Annual administration report of the Civil Veterinary Department of India - 1894-1895
Year: 1894
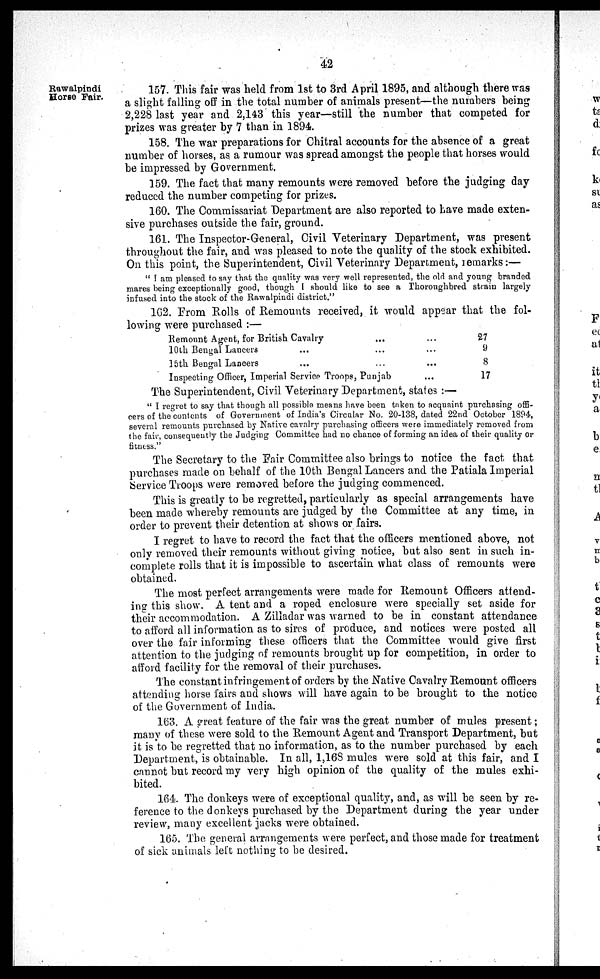
42
Rawalpindi
Horse Fair.
157. This fair was held from 1st to 3rd April 1895, and although there was
a slight falling off in the total number of animals present—the numbers being
2,228 last year and 2,143 this year—still the number that competed for
prizes was greater by 7 than in 1894.
158. The war preparations for Chitral accounts for the absence of a great
number of horses, as a rumour was spread amongst the people that horses would
be impressed by Government.
159. The fact that many remounts were removed before the judging day
reduced the number competing for prizes.
160. The Commissariat Department are also reported to have made exten-
sive purchases outside the fair, ground.
161. The Inspector-General, Civil Veterinary Department, was present
throughout the fair, and was pleased to note the quality of the stock exhibited.
On this point, the Superintendent, Civil Veterinary Department, remarks:—
" I am pleased to say that the quality was very well represented, the old and young branded
mares being exceptionally good, though I should like to see a Thoroughbred strain largely
infused into the stock of the Rawalpindi district."
162. From Rolls of Remounts received, it would appear that the fol-
lowing were purchased :—
Remount Agent, for British Cavalry
10th Bengal Lancers ...
15th Bengal Lancers ...
...
...
...
Inspecting Officer, Imperial Service Troops, Punjab
...
...
...
...
27
9
8
17
The Superintendent, Civil Veterinary Department, states :—
" I regret to say that though all possible means have been taken to acquaint purchasing offi-
cers of the contents of Government of India's Circular No. 20-138, dated 22nd October 1894,
several remounts purchased by Native cavalry purchasing officers were immediately removed from
the fair, consequently the Judging Committee had no chance of forming an idea of their quality or
fitness."
The Secretary to the Fair Committee also brings to notice the fact that
purchases made on behalf of the 10th Bengal Lancers and the Patiala Imperial
Service Troops were removed before the judging commenced.
This is greatly to be regretted, particularly as special arrangements have
been made whereby remounts are judged by the Committee at any time, in
order to prevent their detention at shows or fairs.
I regret to have to record the fact that the officers mentioned above, not
only removed their remounts without giving notice, but also sent in such in-
complete rolls that it is impossible to ascertain what class of remounts were
obtained.
The most perfect arrangements were made for Remount Officers attend-
ing this show. A tent and a roped enclosure were specially set aside for
their accommodation. A Zilladar was warned to be in constant attendance
to afford all information as to sires of produce, and notices were posted all
over the fair informing these officers that the Committee would give first
attention to the judging of remounts brought up for competition, in order to
afford facility for the removal of their purchases.
The constant infringement of orders by the Native Cavalry Remount officers
attending horse fairs and shows will have again to be brought to the notice
of the Government of India.
163. A great feature of the fair was the great number of mules present;
many of these were sold to the Remount Agent and Transport Department, but
it is to be regretted that no information, as to the number purchased by each
Department, is obtainable. In all, 1,168 mules were sold at this fair, and I
cannot but record my very high opinion of the quality of the mules exhi-
bited.
164. The donkeys were of exceptional quality, and, as will be seen by re-
ference to the donkeys purchased by the Department during the year under
review, many excellent jacks were obtained.
165. The general arrangements were perfect, and those made for treatment
of sick animals left nothing to be desired.